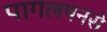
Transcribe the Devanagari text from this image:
पागलपनसे